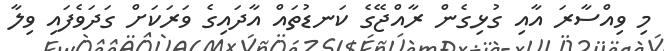
މި ވިއްސާރަ އާއި ގުޅިގެން ރާއްޖޭގެ ކަނޑުތައް އާދައިގެ ވަރަކަށް ގަދަވެފައި ވިލާ